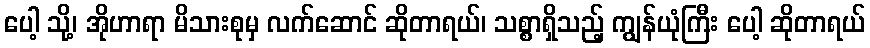
ပေါ့ သို့၊ အိုဟာရာ မိသားစုမှ လက်ဆောင် ဆိုတာရယ်၊ သစ္စာရှိသည့် ကျွန်ယုံကြီး ပေါ့ ဆိုတာရယ်